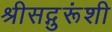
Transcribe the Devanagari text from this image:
श्रीसद्गुरूंशी